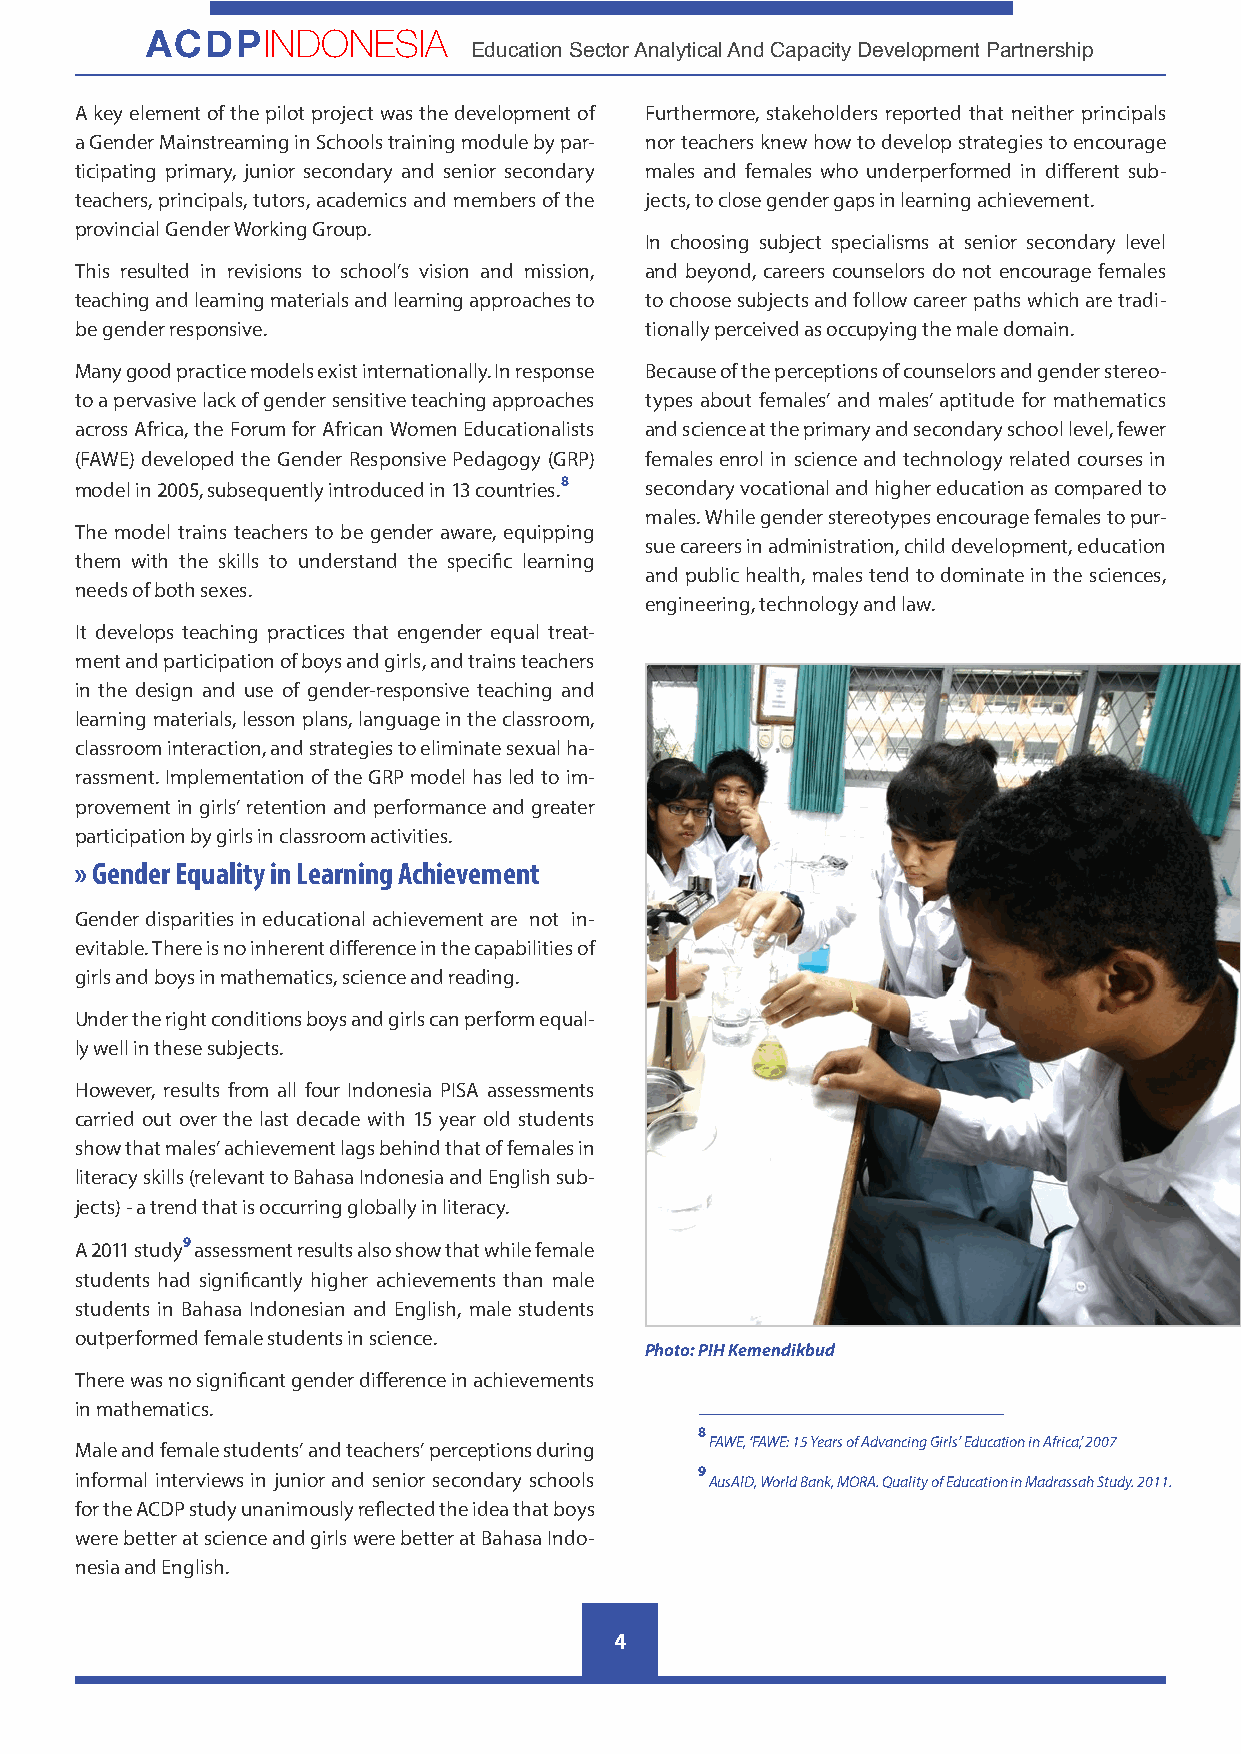
ACDPINDONESIA
 Education Sector Analytical And Capacity Development Partnership
 A key element of the pilot project was the development of Furthermore, stakeholders reported that neither principals
 a Gender Mainstreaming in Schools training module by par- nor teachers knew how to develop strategies to encourage
 ticipating primary, junior secondary and senior secondary males and females who underperformed in different sub-
 teachers, principals, tutors, academics and members of the jects, to close gender gaps in learning achievement.
 provincial Gender Working Group.
 In choosing subject specialisms at senior secondary level
 This resulted in revisions to school’s vision and mission, and beyond, careers counselors do not encourage females
 teaching and learning materials and learning approaches to to choose subjects and follow career paths which are tradi-
 be gender responsive.                 tionally perceived as occupying the male domain.
 Many good practice models exist internationally. In response Because of the perceptions of counselors and gender stereo-
 to a pervasive lack of gender sensitive teaching approaches types about females’ and males’ aptitude for mathematics
 across Africa, the Forum for African Women Educationalists and science at the primary and secondary school level, fewer
 (FAWE) developed the Gender Responsive Pedagogy (GRP) females enrol in science and technology related courses in
 model in 2005, subsequently introduced in 13 countries.8 secondary vocational and higher education as compared to
 males. While gender stereotypes encourage females to pur-
 The model trains teachers to be gender aware, equipping
 sue careers in administration, child development, education
 them with the skills to understand the specific learning
 and public health, males tend to dominate in the sciences,
 needs of both sexes.
 engineering, technology and law.
 It develops teaching practices that engender equal treat-
 ment and participation of boys and girls, and trains teachers
 in the design and use of gender-responsive teaching and
 learning materials, lesson plans, language in the classroom,
 classroom interaction, and strategies to eliminate sexual ha-
 rassment. Implementation of the GRP model has led to im-
 provement in girls’ retention and performance and greater
 participation by girls in classroom activities.
 » Gender Equality in Learning Achievement
 Gender disparities in educational achievement are not in-
 evitable. There is no inherent difference in the capabilities of
 girls and boys in mathematics, science and reading.
 Under the right conditions boys and girls can perform equal-
 ly well in these subjects.
 However, results from all four Indonesia PISA assessments
 carried out over the last decade with 15 year old students
 show that males’ achievement lags behind that of females in
 literacy skills (relevant to Bahasa Indonesia and English sub-
 jects) - a trend that is occurring globally in literacy.
 A 2011 study9 assessment results also show that while female
 students had significantly higher achievements than male
 students in Bahasa Indonesian and English, male students
 outperformed female students in science.
 Photo: PIH Kemendikbud
 There was no significant gender difference in achievements
 in mathematics.
 8
 Male and female students’ and teachers’ perceptions during FAWE, ‘FAWE: 15 Years of Advancing Girls’ Education in Africa’, 2007
 informal interviews in junior and senior secondary schools 9 AusAID, World Bank, MORA. Quality of Education in Madrassah Study. 2011.
 for the ACDP study unanimously reflected the idea that boys
 were better at science and girls were better at Bahasa Indo-
 nesia and English.
 4